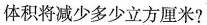
体积将减少多少立方厘米?